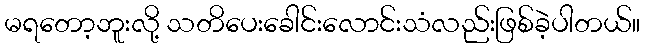
မရတော့ဘူးလို့ သတိပေးခေါင်းလောင်းသံလည်းဖြစ်ခဲ့ပါတယ်။